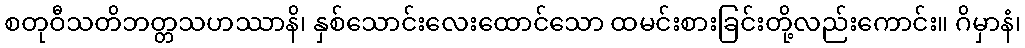
စတုဝီသတိဘတ္တသဟဿာနိ၊ နှစ်သောင်းလေးထောင်သော ထမင်းစားခြင်းတို့လည်းကောင်း။ ဂိမှာနံ၊